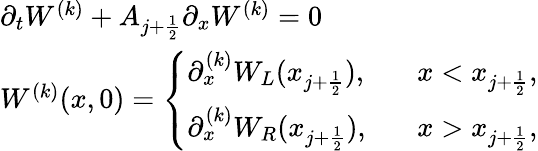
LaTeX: \begin{array}{ll}{\partial_{t}W^{(k)}+A_{j+\frac{1}{2}}\partial_{x}W^{(k)}=0}\\ {W^{(k)}(x,0)=\left\{ \begin{array}{ll}{\partial_{x}^{(k)}W_{L}(x_{j+\frac{1}{2}}),}&{\; \; \; x<x_{j+\frac{1}{2}},}\\ {\partial_{x}^{(k)}W_{R}(x_{j+\frac{1}{2}}),}&{\; \; \; x>x_{j+\frac{1}{2}},}\end{array}\right.}\end{array}